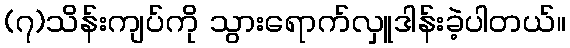
(၇)သိန်းကျပ်ကို သွားရောက်လှူဒါန်းခဲ့ပါတယ်။